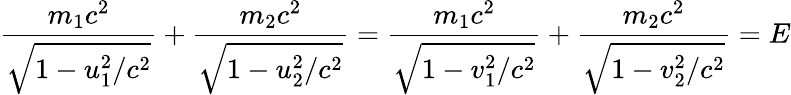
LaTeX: {\frac{m_{1}c^{2}}{\sqrt{1-u_{1}^{2}/c^{2}}}}+{\frac{m_{2}c^{2}}{\sqrt{1-u_{2}^{2}/c^{2}}}}={\frac{m_{1}c^{2}}{\sqrt{1-v_{1}^{2}/c^{2}}}}+{\frac{m_{2}c^{2}}{\sqrt{1-v_{2}^{2}/c^{2}}}}=E